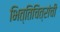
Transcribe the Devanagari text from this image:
भित्तिचित्रांची